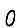
Digit: 0